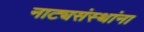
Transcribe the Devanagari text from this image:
नाट्यसंस्थांना